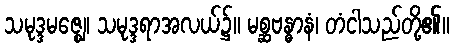
သမုဒ္ဒမဇ္ဈေ၊ သမုဒ္ဒရာအလယ်၌။ မစ္ဆဗန္ဓာနံ၊ တံငါသည်တို့၏။